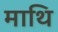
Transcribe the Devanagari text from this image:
माथि